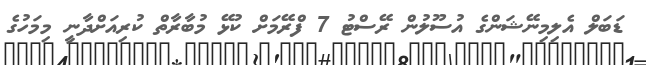
ޑަބަލް އެލިމިނޭޝަންގެ އުސޫލުން ރޭސްޓު 7 ފްރޭމަށް ކުޅޭ މުބާރާތް ކުރިއަށްދާނީ މިމަހުގެ